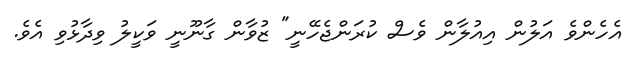
އެހެންވެ އަލުން އިއުލާން ވެސް ކުރަންޖެހޭނީ" ޒުވާން ގާނޫނީ ވަކީލު ވިދާޅުވި އެވެ.